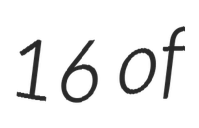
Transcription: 16 of